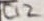
Text: C12